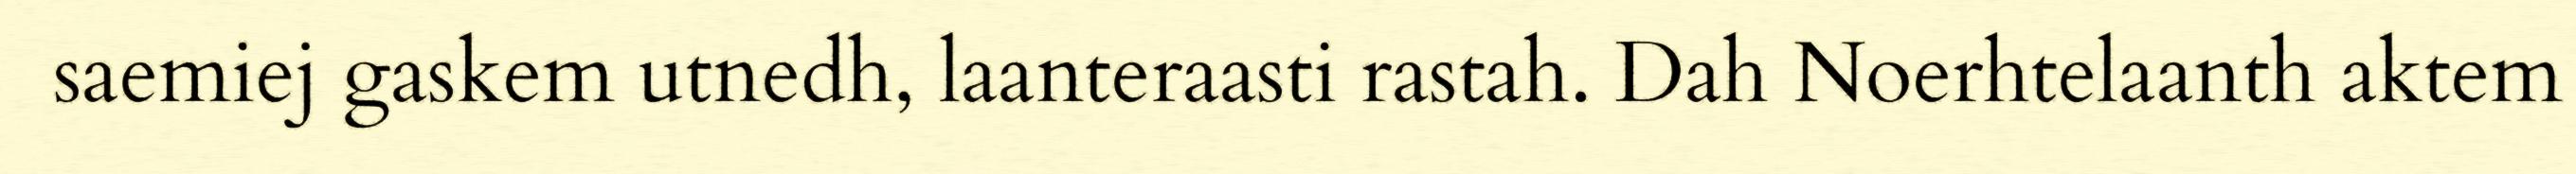
saemiej gaskem utnedh, laanteraasti rastah. Dah Noerhtelaanth aktem